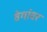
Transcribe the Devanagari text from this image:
वेगांवर